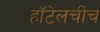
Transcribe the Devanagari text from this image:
हॉटेलचीच